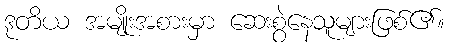
ဒုတိယ အမျိုးအစားမှာ ဆေးစွဲနေသူများဖြစ်၏။